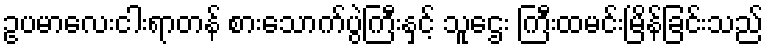
ဥပမာလေးငါးရာတန် စားသောက်ပွဲကြီးနှင့် သူဌေး ကြီးထမင်းမြိန်ခြင်းသည်